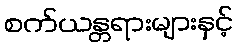
စက်ယန္တရားများနှင့်